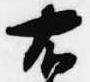
右